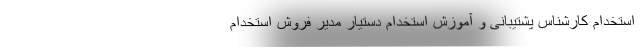
استخدام کارشناس پشتیبانی و آموزش استخدام دستیار مدیر فروش استخدام